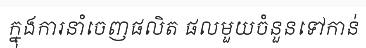
ក្នុងការនាំចេញផលិត ផលមួយចំនួនទៅកាន់